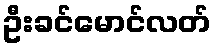
ဦးခင်မောင်လတ်